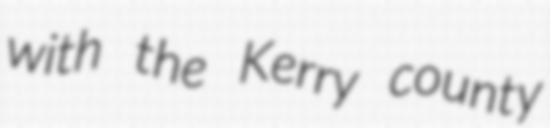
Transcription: with the Kerry county